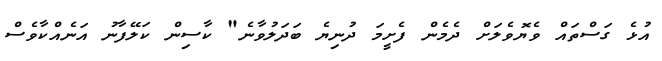
އުޅެ ގަސްތައް ވެޔޮވެލަށް ދެމެން ފެށީމަ ދުނިޔެ ބަދަލުވާނެ" ކާސިން ކަލޭފާނު އަނެއްކާވެސް